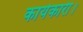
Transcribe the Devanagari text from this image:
कार्यकारी।